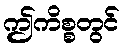
ဤကိစ္စတွင်